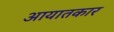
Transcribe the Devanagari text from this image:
आयातकार